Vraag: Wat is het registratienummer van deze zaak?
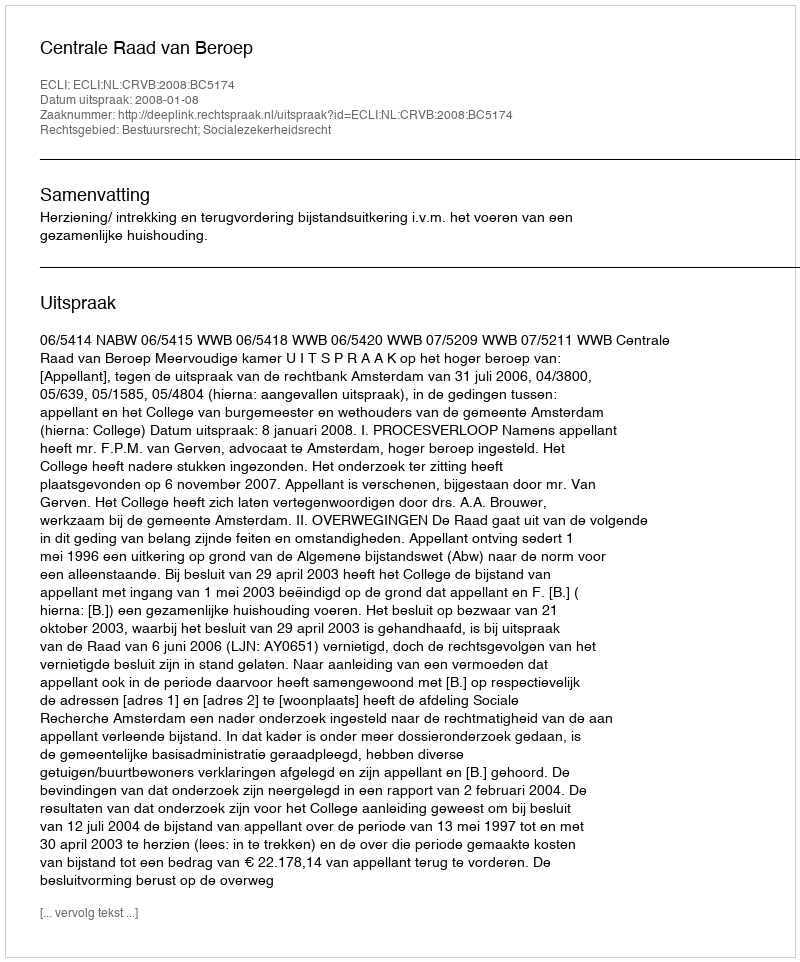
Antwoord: http://deeplink.rechtspraak.nl/uitspraak?id=ECLI:NL:CRVB:2008:BC5174